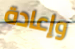
وإعادة